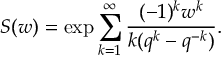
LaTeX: S ( w ) = \exp \sum _ { k = 1 } ^ { \infty } \frac { ( - 1 ) ^ { k } w ^ { k } } { k ( q ^ { k } - q ^ { - k } ) } .